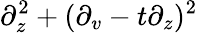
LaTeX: \partial_{z}^{2}+(\partial_{v}-t\partial_{z})^{2}